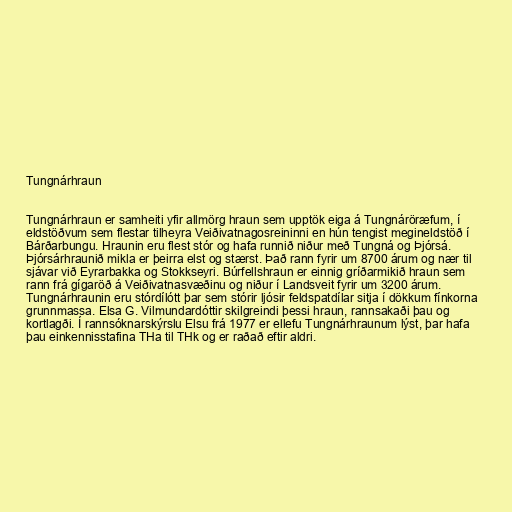
Tungnárhraun

Tungnárhraun er samheiti yfir allmörg hraun sem upptök eiga á Tungnáröræfum, í
eldstöðvum sem flestar tilheyra Veiðivatnagosreininni en hún tengist megineldstöð í
Bárðarbungu. Hraunin eru flest stór og hafa runnið niður með Tungná og Þjórsá.
Þjórsárhraunið mikla er þeirra elst og stærst. Það rann fyrir um 8700 árum og nær til
sjávar við Eyrarbakka og Stokkseyri. Búrfellshraun er einnig gríðarmikið hraun sem
rann frá gígaröð á Veiðivatnasvæðinu og niður í Landsveit fyrir um 3200 árum.
Tungnárhraunin eru stórdílótt þar sem stórir ljósir feldspatdílar sitja í dökkum fínkorna
grunnmassa. Elsa G. Vilmundardóttir skilgreindi þessi hraun, rannsakaði þau og
kortlagði. Í rannsóknarskýrslu Elsu frá 1977 er ellefu Tungnárhraunum lýst, þar hafa
þau einkennisstafina THa til THk og er raðað eftir aldri.